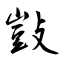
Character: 敱